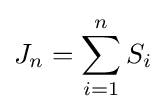
J_{n}=\sum _{i=1}^{n}S_{i}